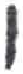
אות: ו